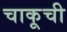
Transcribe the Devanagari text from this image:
चाकूची